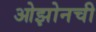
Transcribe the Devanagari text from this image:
ओझोनची